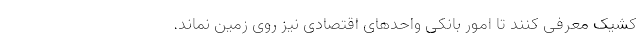
کشیک معرفی کنند تا امور بانکی واحدهای اقتصادی نیز روی زمین نماند.